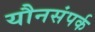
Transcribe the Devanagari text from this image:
यौनसंपर्क